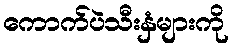
ကောက်ပဲသီးနှံများကို